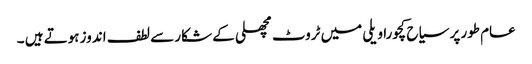
عام طور پر سیاح کچورا ویلی میں ٹروٹ مچھلی کے شکار سے لطف اندوز ہوتے ہیں ۔